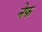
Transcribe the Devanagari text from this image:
नेफ